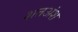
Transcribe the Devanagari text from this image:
शतअंश